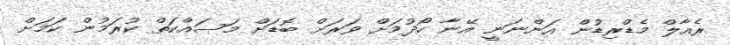
ރެއާލް މެޑްރިޑުން އަންނަނީ އޭނާ ހޯދުމަށް ވަރަށް ބޮޑަށް މަސައްކަތް ކުރަމުން ކަމަށް